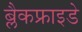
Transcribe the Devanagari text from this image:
ब्लैकफ्राइडे